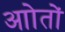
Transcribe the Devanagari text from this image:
आोतों